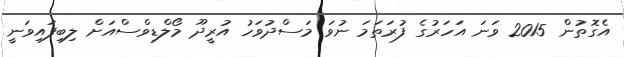
އެގޮތުން 2015 ވަނަ އަހަރުގެ ފުރަތަމަ ނުވަ މަސްދުވަހު އުރީދޫ މޯލްޑިވްސްއަށް ލިބިފައިވަނީ